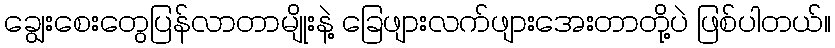
ချွေးစေးတွေပြန်လာတာမျိုးနဲ့ ခြေဖျားလက်ဖျားအေးတာတို့ပဲ ဖြစ်ပါတယ်။